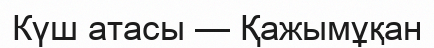
Күш атасы — Қажымұқан